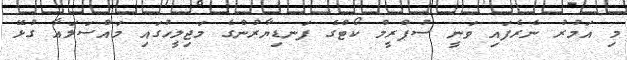
މި އަމުރު ނެރެފައި ވަނީ ސުޕްރީމް ކޯޓްގެ ފަނޑިޔާރުންގެ މަޖިލީހުގައި މައްސަލައާ ގުޅޭ